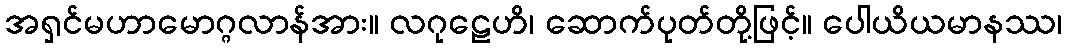
အရှင်မဟာမောဂ္ဂလာန်အား။ လဂုဠေဟိ၊ ဆောက်ပုတ်တို့ဖြင့်။ ပေါယိယမာနဿ၊